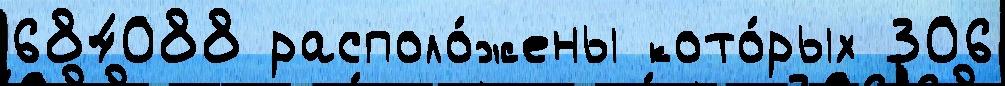
684088 располо́жены кото́рых 306